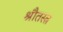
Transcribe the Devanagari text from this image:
श्रौतस्त्र